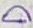
Text: D